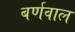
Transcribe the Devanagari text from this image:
बर्णवाल